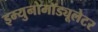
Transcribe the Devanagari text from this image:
इम्युनोमॉड्यूलेटर